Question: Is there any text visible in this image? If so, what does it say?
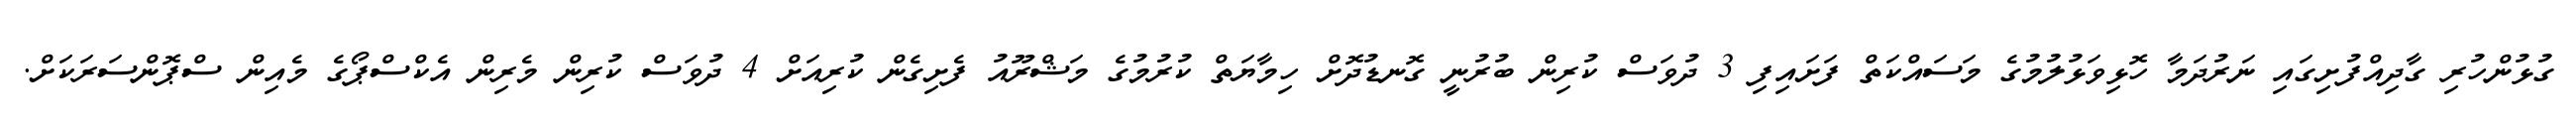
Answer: ގުޅުންހުރި ގާދިއްފުށިގައި ނަރުދަމާ ހޮޅިވަޅުލުމުގެ މަސައްކަތް ފަށައިފި 3 ދުވަސް ކުރިން ބުރުނީ ގޮނޑުދޮށް ހިމާޔަތް ކުރުމުގެ މަޝްރޫއު ފެށިގެން ކުރިއަށް 4 ދުވަސް ކުރިން މެރިން އެކްސްޕޯގެ މެއިން ސްޕޮންސަރަކަށް.